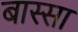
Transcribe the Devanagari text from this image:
बास्सा